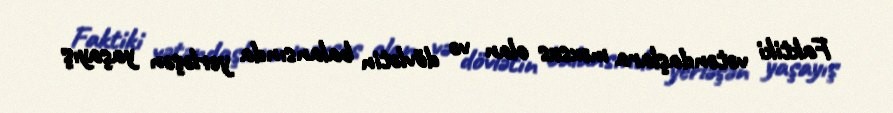
Faktiki vətəndaşlara məxsus olan və dövlətin balansında yerləşən yaşayış